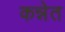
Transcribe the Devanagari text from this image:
कन्नेत